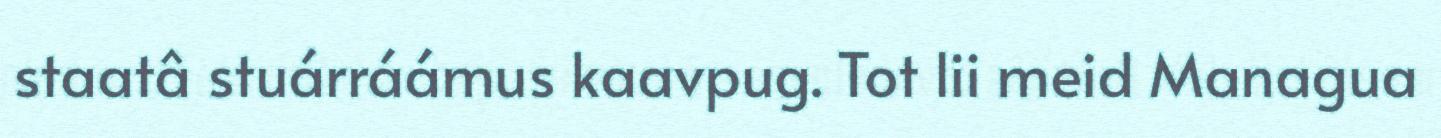
staatâ stuárráámus kaavpug. Tot lii meid Managua